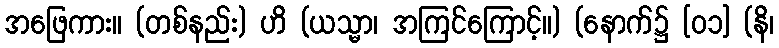
အဖြေကား။ (တစ်နည်း) ဟိ (ယသ္မာ၊ အကြင်ကြောင့်။) (နောက်၌ [၀၁] (နိ၊